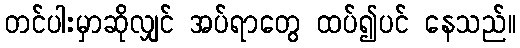
တင်ပါးမှာဆိုလျှင် အပ်ရာတွေ ထပ်၍ပင် နေသည်။